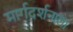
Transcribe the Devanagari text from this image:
मार्गदर्शनाला